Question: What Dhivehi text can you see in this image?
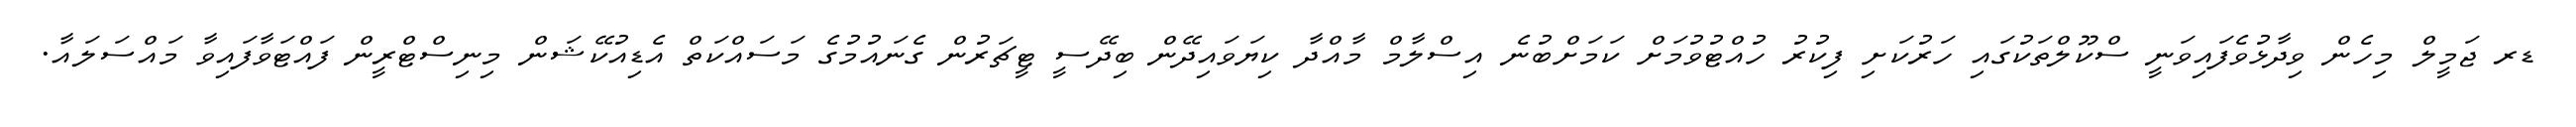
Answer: ޑރ ޖަމީލް މިހެން ވިދާޅުވެފައިވަނީ ސްކޫލްތަކުގައި ހަރުކަށި ފިކުރު ހުއްޓުވުމަށް ކަމަށްބުނެ އިސްލާމް މާއްދާ ކިޔަވައިދޭން ބިދޭސީ ޓީޗަރުން ގެނައުމުގެ މަސައްކަތް އެޑިއުކޭޝަން މިނިސްޓްރީން ފައްޓަވާފައިވާ މައްސަލައާ.